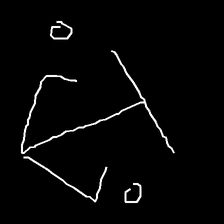
Glyph: earth